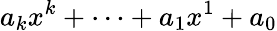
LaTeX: a_{k}x^{k}+\dotsb+a_{1}x^{1}+a_{0}